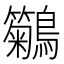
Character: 𪇢